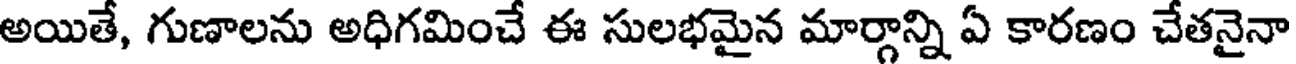
అయితే, గుణాలను అధిగమించే ఈ సులభమైన మార్గాన్ని ఏ కారణం చేతనైనా